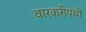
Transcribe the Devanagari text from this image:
वारकरीपंथी